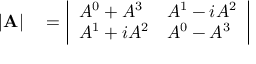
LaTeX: \begin{array} { r l } { | \mathbf { A } | } & { { } = { \left| \begin{array} { l l } { A ^ { 0 } + A ^ { 3 } } & { A ^ { 1 } - i A ^ { 2 } } \\ { A ^ { 1 } + i A ^ { 2 } } & { A ^ { 0 } - A ^ { 3 } } \end{array} \right| } } \end{array}